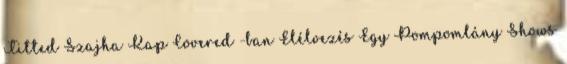
Titted Szajha Kap Covered -ban Elélvezés Egy Pompomlány Shows